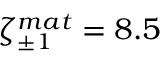
\zeta _ { \pm 1 } ^ { m a t } = 8 . 5